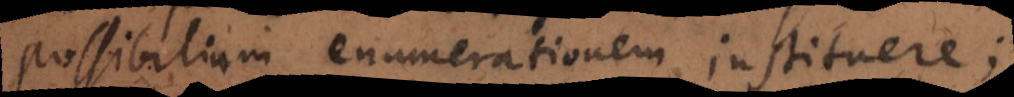
possibilium enumerationem instituere;